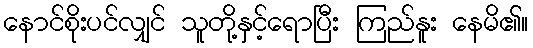
နောင်စိုးပင်လျှင် သူတို့နှင့်ရောပြီး ကြည်နူး နေမိ၏။